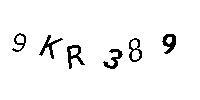
9KR389